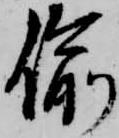
偸